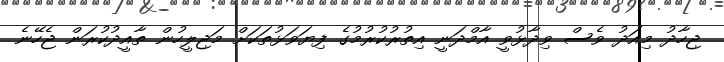
ޖިހާދު މިއަދު ވެސް ވިދާޅުވީ އާމްދަނީ އިތުރުކުރުމުގެ ފިޔަވަޅުތަކަށް މަޖިލީހުން ތާއީދުކުރަން ޖެހޭނެ